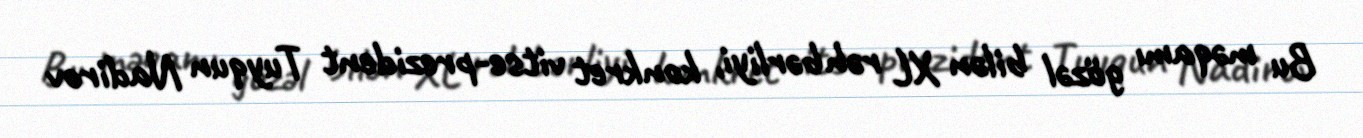
Bu məqamı gözəl bilən XL rəhbərliyi, konkret vitse-prezident Tuyqun Nadirov